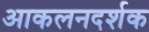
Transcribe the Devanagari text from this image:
आकलनदर्शक